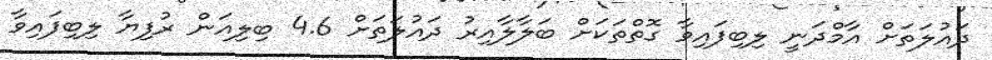
ދައުލަތަށް އާމްދަނީ ލިބިފައިވާ ގޮތްތަކަށް ބަލާލާއިރު ދައުލަތަށް 4.6 ބިލިއަން ރުފިޔާ ލިބިފައިވާ